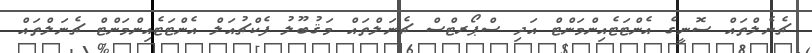
ޗެނެލްތައް ސޮނީގެ އެންޓަޓެއިންމަންޓް އަދި ސްޕޯރޓްސް ޗެނަލްތައް މަޤުބޫލު ފެކްޗުއަލް އެންޓަޓެއިންމަންޓް ޗެނަލްތައް